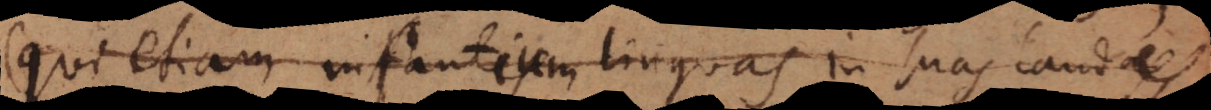
(etiam infantium linguas in suas laudes